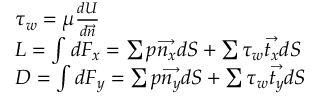
\begin{array} { r l } & { \tau _ { w } = \mu \frac { d U } { d \protect \overrightarrow { n } } } \\ & { L = \int d F _ { x } = \sum p \protect \overrightarrow { n _ { x } } d S + \sum \tau _ { w } \protect \overrightarrow { t _ { x } } d S } \\ & { D = \int d F _ { y } = \sum p \protect \overrightarrow { n _ { y } } d S + \sum \tau _ { w } \protect \overrightarrow { t _ { y } } d S } \end{array}